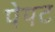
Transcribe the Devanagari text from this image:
पेपट